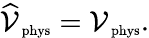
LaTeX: \widehat{\cal V}_{\mathrm{\scriptsize~phys}}={\cal V}_{\mathrm{\scriptsize~phys}}.